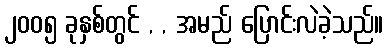
၂၀၀၅ ခုနှစ်တွင် , , အမည် ပြောင်းလဲခဲ့သည်။